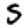
Digit: 5